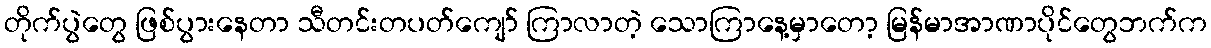
တိုက်ပွဲတွေ ဖြစ်ပွားနေတာ သီတင်းတပတ်ကျော် ကြာလာတဲ့ သောကြာနေ့မှာတော့ မြန်မာအာဏာပိုင်တွေဘက်က